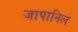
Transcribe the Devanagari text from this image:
जापानिल